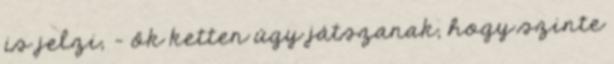
is jelzi, - ők ketten úgy játszanak, hogy szinte